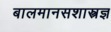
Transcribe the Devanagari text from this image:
बालमानसशास्त्रज्ञ